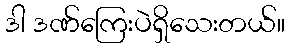
ဒါ ဒဏ်ကြေးပဲရှိသေးတယ်။